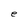
Character: e